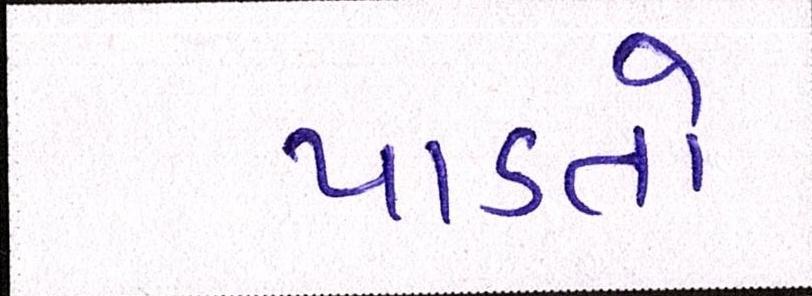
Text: પાડતો